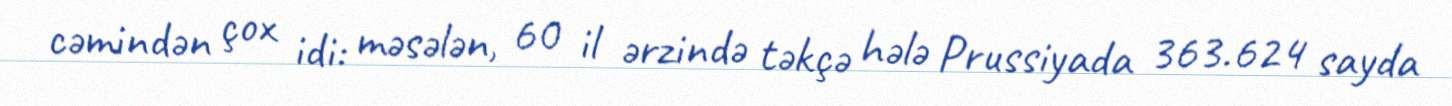
cəmindən çox idi: məsələn, 60 il ərzində təkçə hələ Prussiyada 363.624 sayda